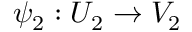
\psi _ { 2 } : U _ { 2 } \to V _ { 2 }